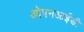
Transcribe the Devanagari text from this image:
ओपनआईडी